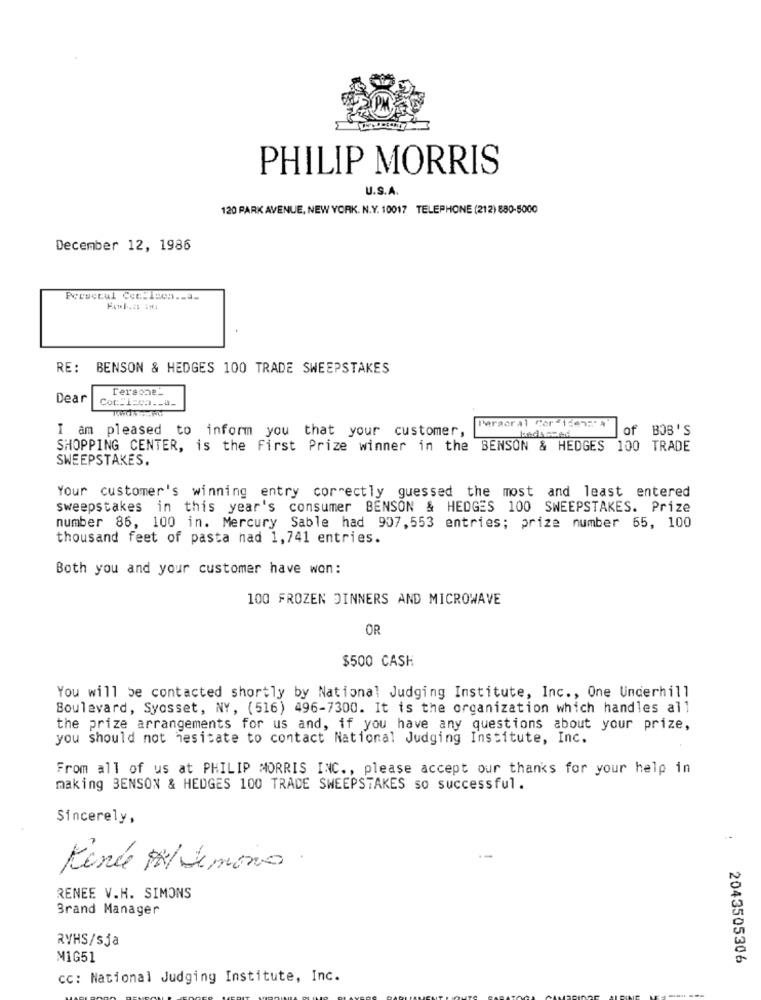
PHILIP MORRIS
U.S.A.
120 PARK AVENUE, NEW YORK. N.Y. 10017 TELEPHONE (212) 880-5000
December 12, 1986
Perwccul Cce:Icon __ a_
RE: BENSON & HEDGES 100 TRADE SWEEPSTAKES
Persone_
Dear
I am pleased to inform you that your customer,
Paraor al Cor 1247:' 4
of BOB'S
SHOPPING CENTER, is the First Prize winner in the BENSON & HEDGES 100 TRADE
SWEEPSTAKES.
Your customer's winning entry correctly guessed the most and least entered
sweepstakes in this year's consumer BENSON & HEDGES 100 SWEEPSTAKES. Prize
number 86, 100 in. Mercury Sable had 907,553 entries; prize number 65, 100
thousand feet of pasta nad 1,741 entries.
Both you and your customer have won:
100 FROZEN DINNERS AND MICROWAVE
OR
$500 CASH
You will be contacted shortly by National Judging Institute, Inc ., One Underhill
Boulevard, Syosset, NY, (516) 496-7300. It is the organization which handles all
the prize arrangements for us and, if you have any questions about your prize,
you should not hesitate to contact National Judging Institute, Inc.
From all of us at PHILIP MORRIS INC ., please accept our thanks for your help in
making BENSON & HEDGES 100 TRADE SWEEPSTAKES so successful.
Sincerely,
Kende #/ Lemono .
RENEE V.H. SIMONS
Brand Manager
RYHS/sja
MIG51
2043505306
cc: National Judging Institute, Inc.